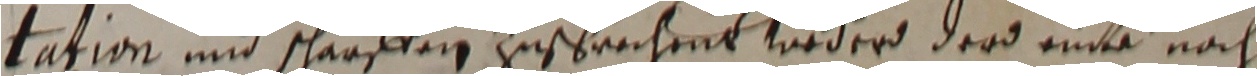
tation und sarfren zusprechent wnder dero einte nach